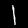
Label: 1